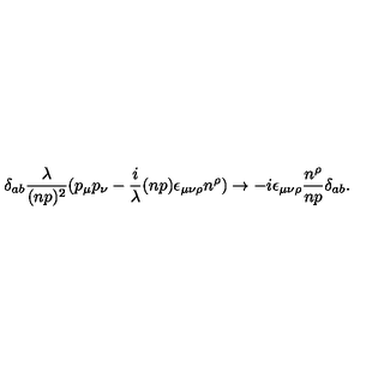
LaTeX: \delta _ { a b } { \frac { \lambda } { ( n p ) ^ { 2 } } } ( p _ { \mu } p _ { \nu } - { \frac { i } { \lambda } } ( n p ) \epsilon _ { \mu \nu \rho } n ^ { \rho } ) \rightarrow - i \epsilon _ { \mu \nu \rho } { \frac { n ^ { \rho } } { n p } } \delta _ { a b } .